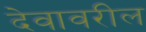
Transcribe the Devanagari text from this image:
देवावरील